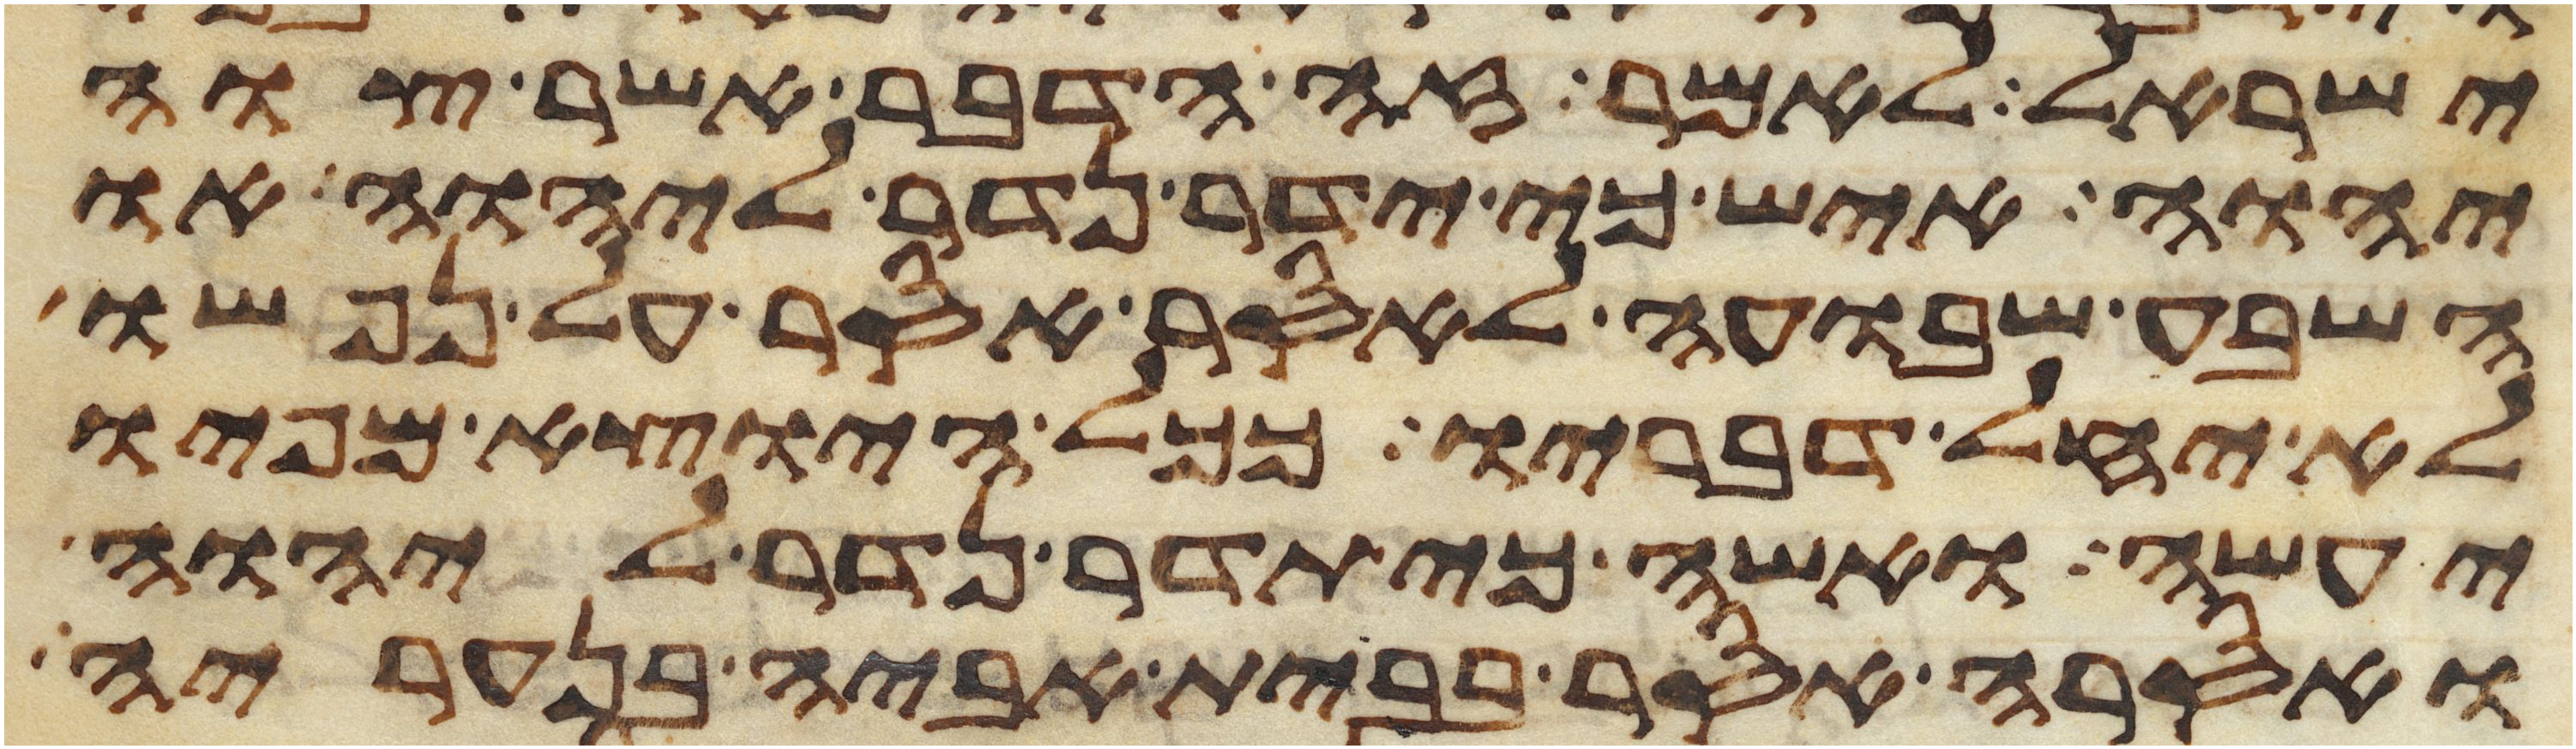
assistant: ישראל לאמר זה הדבר אשר צוה
יהוה איש כי ידר נדר ליהוה או
השבע שבועה לאסר אסר על נפשו
לא יחל דבריו ככל היוצא מפיו
יעשה ואשה כי תדר נדר ליהוה
ואסרה אסר בבית אביה בנעריה